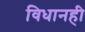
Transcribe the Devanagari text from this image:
विधानही